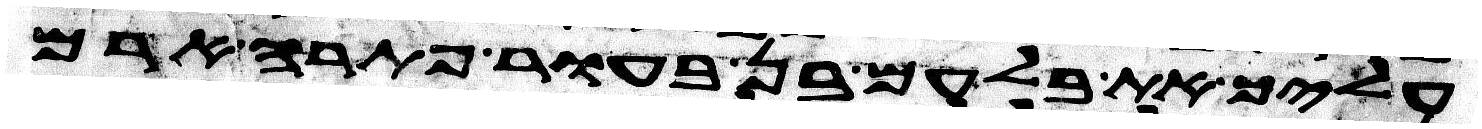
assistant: עליך את בלעם בן בעור פתרה ארם